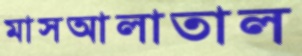
মাসআলাতাল